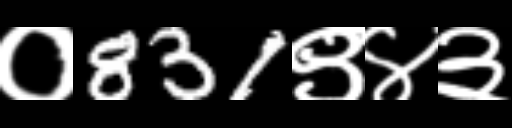
Text: ०831९४३